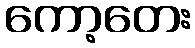
ကော့တေး